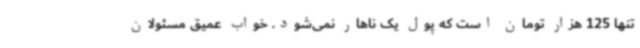
تنها 125 هزار تومان است که پول یک ناهار نمی‌شود. خواب عمیق مسئولان